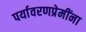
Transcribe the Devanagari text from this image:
पर्यावरणप्रेमींना